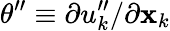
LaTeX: {\theta}^{\prime\prime}\equiv\partial{u}_{k}^{\prime\prime}/\partial\mathbf{x}_{k}